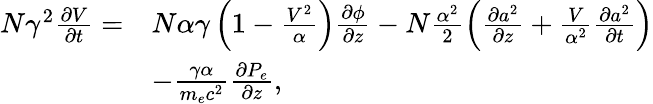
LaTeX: \begin{array}{rl}{N\gamma^{2}\frac{\partial V}{\partial t}=}&{N\alpha\gamma\left(1-\frac{V^{2}}{\alpha}\right)\frac{\partial\phi}{\partial z}-N\frac{\alpha^{2}}{2}\left(\frac{\partial a^{2}}{\partial z}+\frac{V}{\alpha^{2}}\frac{\partial a^{2}}{\partial t}\right)}\\ &{-\frac{\gamma\alpha}{m_{e}c^{2}}\frac{\partial P_{e}}{\partial z},}\end{array}